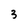
Character: 3